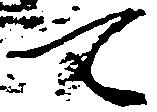
て